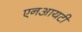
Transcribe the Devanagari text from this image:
एनआयटी